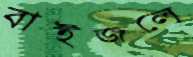
বাইজলে